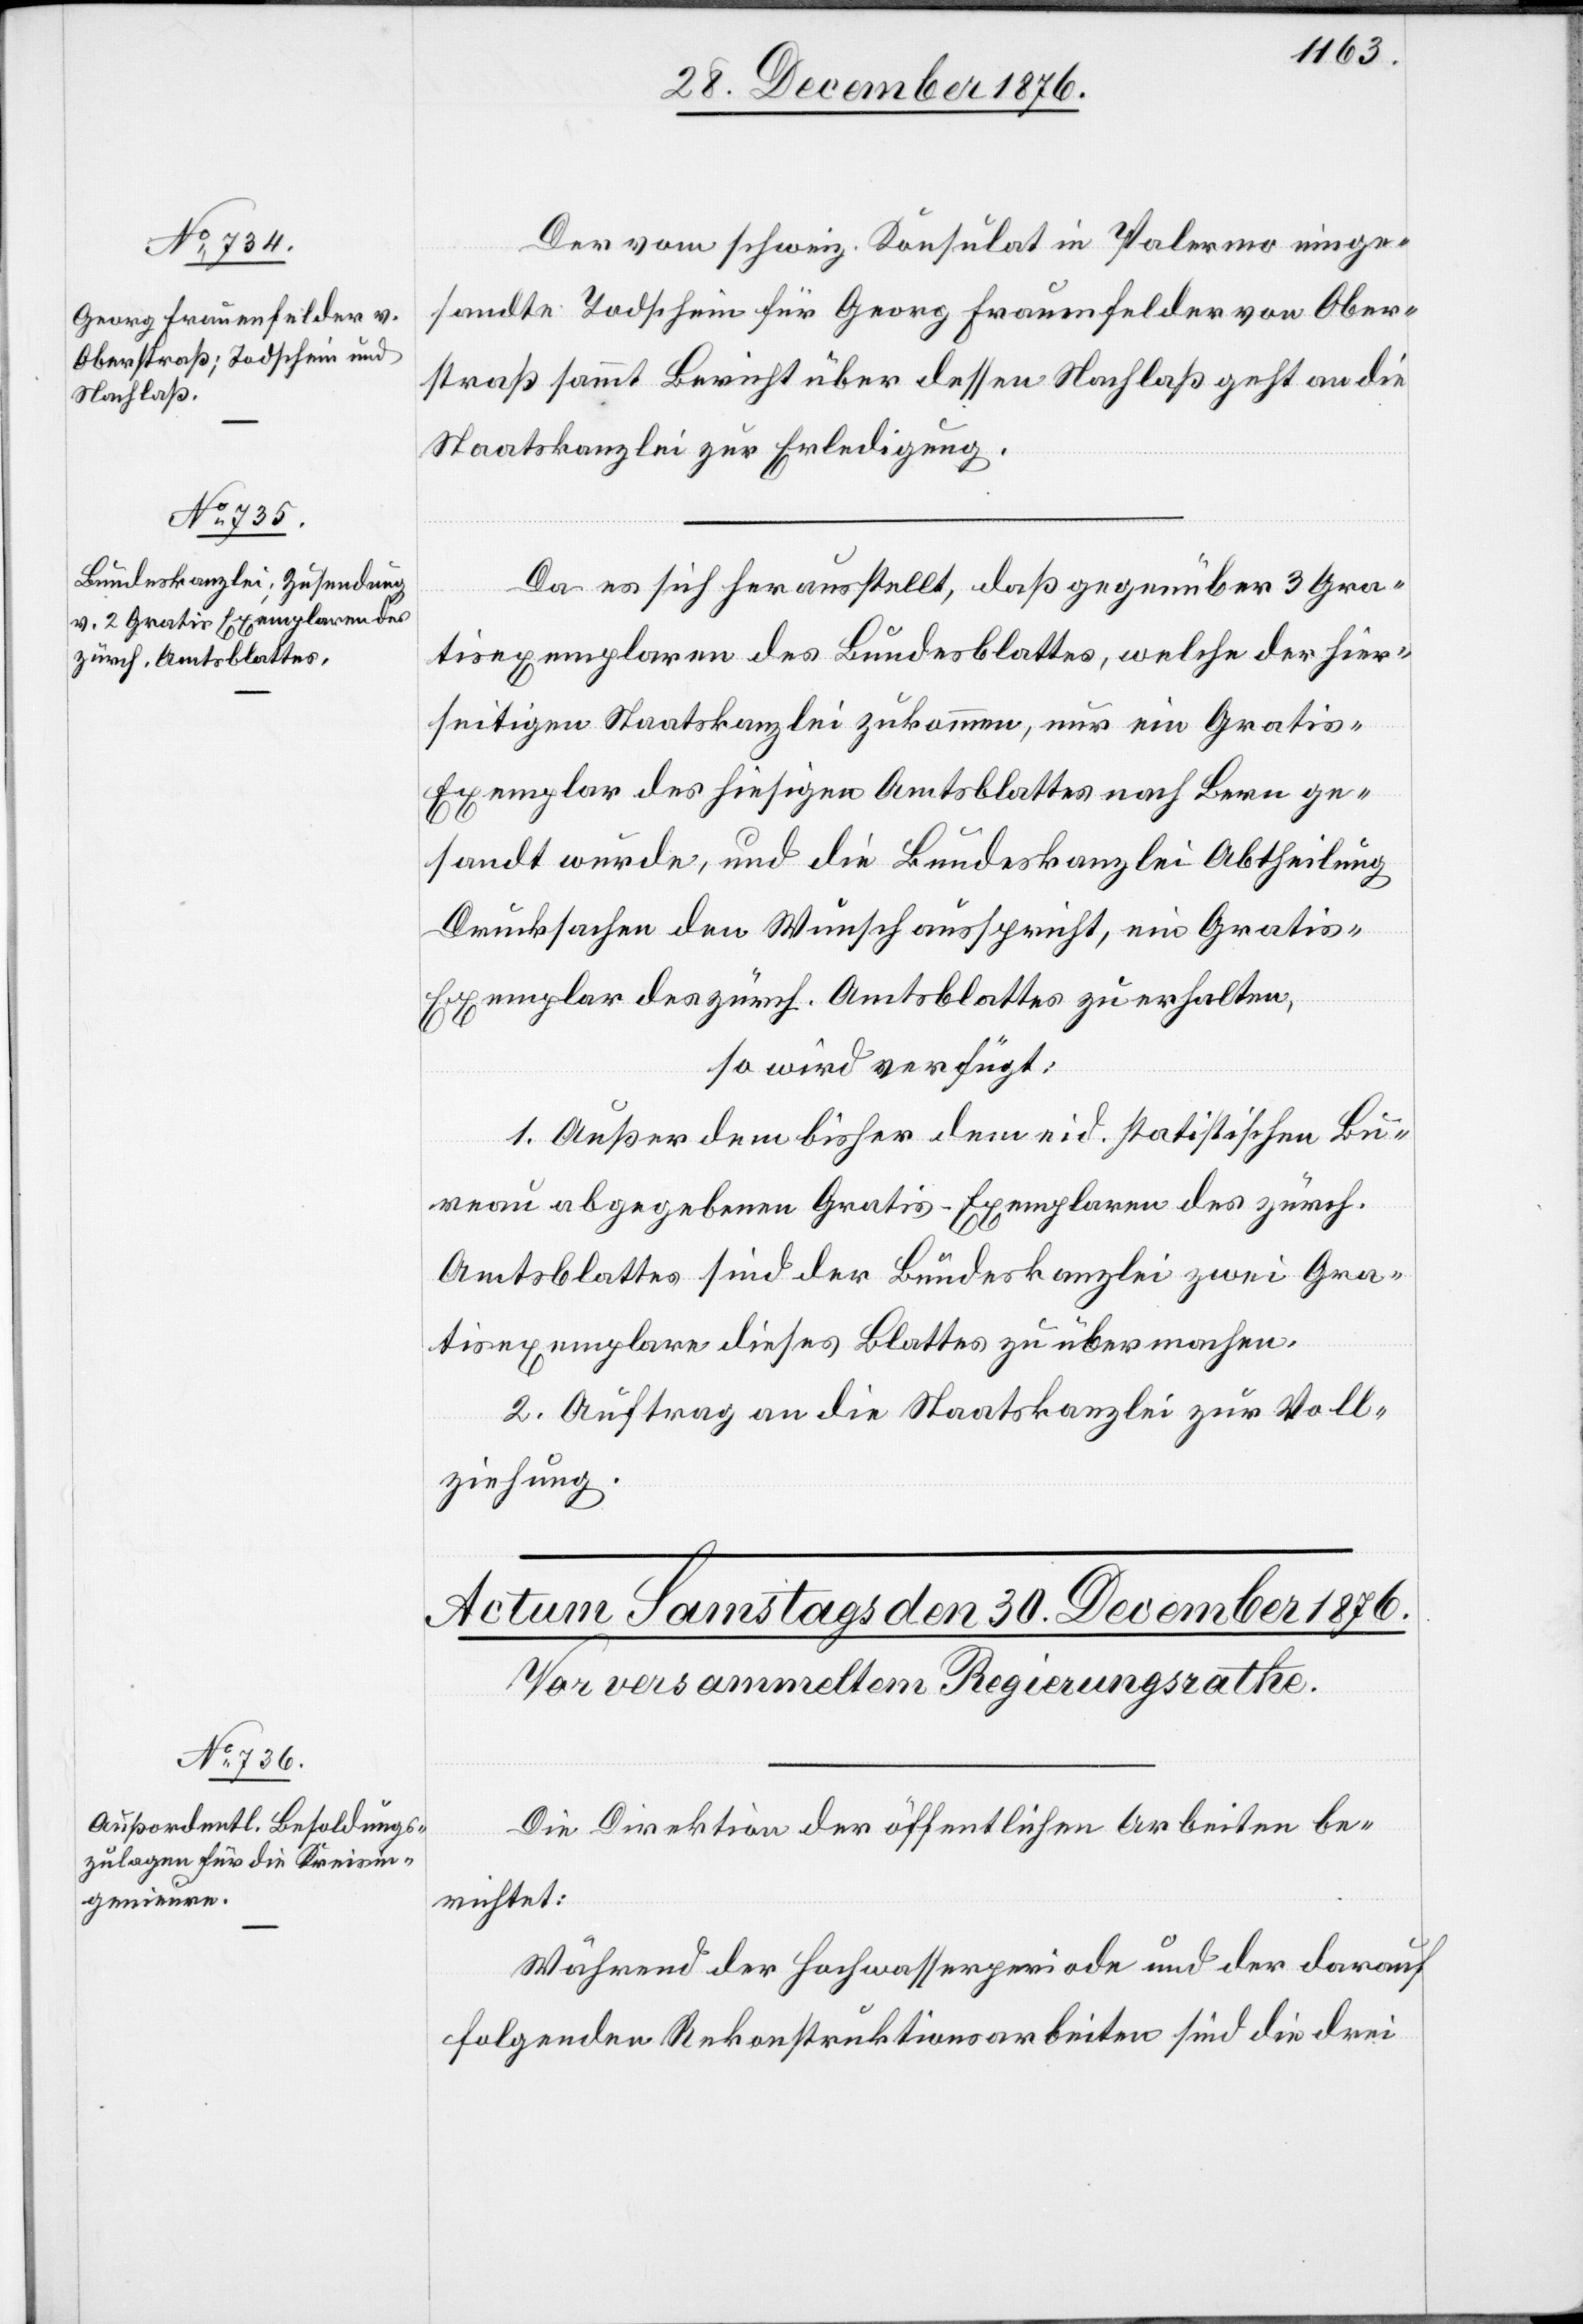
29. December 1876.]
Der vom schweiz. Konsulat in Palermo einge¬
sandte Todschein für Georg Frauenfelder von Ober¬
straß sammt Bericht über dessen Nachlaß geht an die
Staatskanzlei zur Erledigung.
Da es sich herausstellt, daß gegenüber 3 Gra¬
tisexemplaren des Bundesblattes, welche der hier¬
seitigen Staatskanzlei zukommen, nur ein Gratis-E¬
xemplar des hiesigen Amtsblattes nach Bern ge¬
sandt wurde, und die Bundeskanzlei Abtheilung
Drucksachen den Wunsch ausspricht, ein Gratis-E¬
xemplar des zürch. Amtsblattes zu erhalten,
so wird verfügt:
[recte: den] bisher dem eid. statistischen Bu¬
reau abgegebenen Gratis-Exemplaren des zürch.
Amtsblattes sind der Bundeskanzlei zwei Gra¬
tisexemplare dieses Blattes zu übermachen.
2. Auftrag an die Staatskanzlei zur Voll¬
ziehung.
Die Direktion der öffentlichen Arbeiten be¬
richtet:
Während der Hochwasserperiode und der darauf
folgenden Rekonstruktionsarbeiten sind die drei